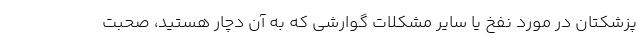
پزشکتان در مورد نفخ یا سایر مشکلات گوارشی که به آن دچار هستید، صحبت